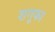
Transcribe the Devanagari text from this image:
शगूफा